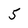
Character: 5